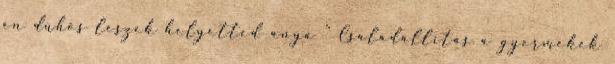
én dühös leszek helyetted anya ” Családállítás a gyermekek